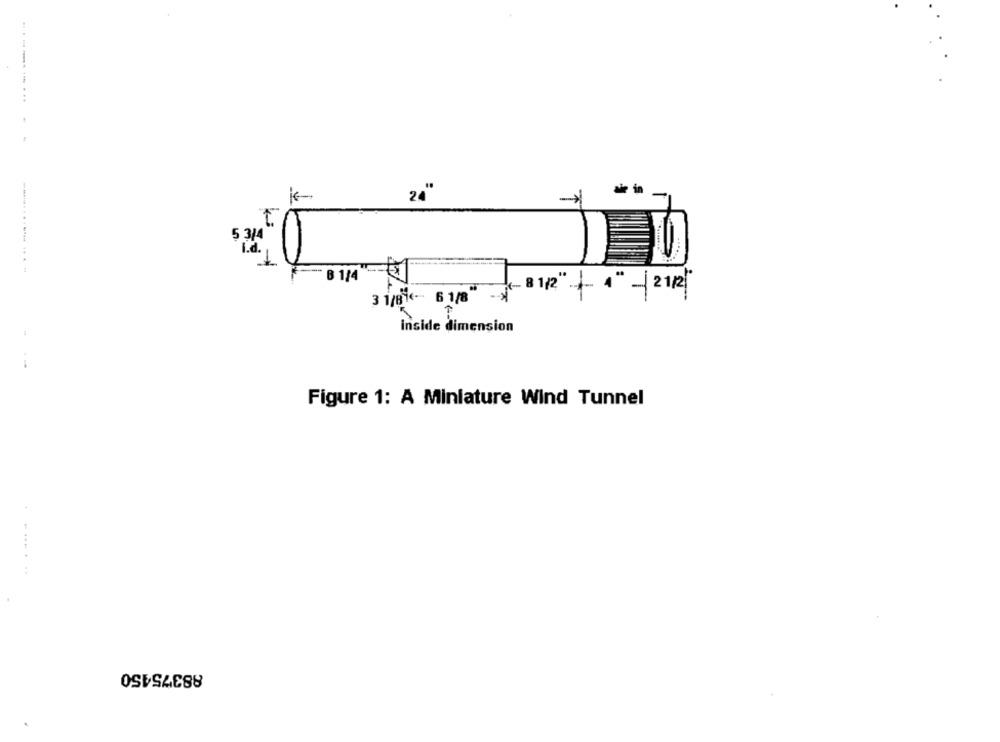
aile in
24"
5 3/4
B 1/4
81/2" +1" -/212
i <-- 6 1/8
inside dimension
Figure 1: A Miniature Wind Tunnel
. .......
88375450